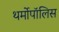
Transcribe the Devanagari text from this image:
थर्मोपॉलिस